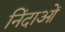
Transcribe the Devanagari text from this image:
निंदाओं